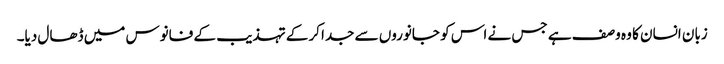
زبان انسان کا وہ وصف ہے جس نے اس کو جانوروں سے جدا کرکے تہذیب کے فانوس میں ڈھال دیا۔